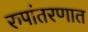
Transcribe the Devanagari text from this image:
रुपांतरणात